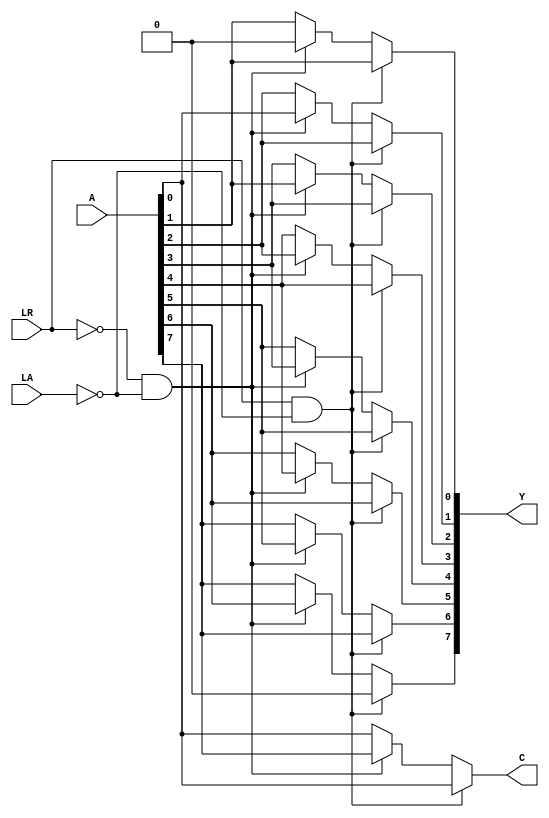
module shifter(A, LA, LR, Y, C); // add all inputs and outputs inside parentheses

  // inputs
	input [7:0] A;
	input			LA;//logical shift if 0 and arithmetic shift if 1
	input 		LR;//left if 0 and right if 1
  
  //there is no arithmetic left shift instruction, so when LR = 0, LA is ignored.
  
  // outputs
	output reg [7:0] Y;
	output reg		  C;

  // reg and internal variable definitions

  
  // implement module here

   always @(*) begin
		if (LR && !LA)begin
			//right logical 
			Y[7] <=1'b0 ;   
			Y[6] <= A[7];
			Y[5] <= A[6];
			Y[4] <= A[5];
			Y[3] <= A[4];
			Y[2] <= A[3];
			Y[1] <= A[2];
			Y[0] <= A[1];
			
			C <= A[0];
		end 
		else if (!LR && !LA)begin
				//left logical
			Y[7] <= A[6];   
			Y[6] <= A[5];
			Y[5] <= A[4];
			Y[4] <= A[3];
			Y[3] <= A[2];
			Y[2] <= A[1];
			Y[1] <= A[0];
			Y[0] <= 1'b0;
			
			C <= A[7];
		end
		else begin
		//right arithmetic
			Y[7] <= A[7] ;   
			Y[6] <= A[7];
			Y[5] <= A[6];
			Y[4] <= A[5];
			Y[3] <= A[4];
			Y[2] <= A[3];
			Y[1] <= A[2];
			Y[0] <= A[1];
			
			C <= A[0];
		end
	end
			
	
			
endmodule